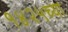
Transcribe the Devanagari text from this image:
१४२५च्या